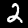
Label: 2